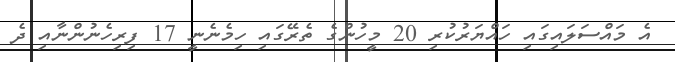
އެ މައްސަލައިގައި ހައްޔަރުކުރި 20 މީހުންގެ ތެރޭގައި ހިމެނެނީ 17 ފިރިހެނުންނާއި ދެ